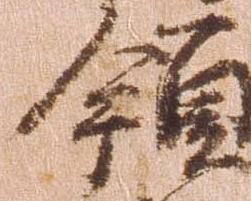
領